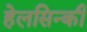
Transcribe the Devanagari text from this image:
हेलसिन्की